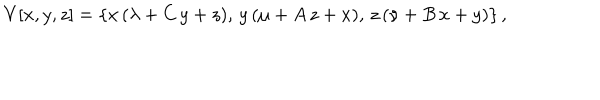
V [ x , y , z ] = \{ x \, ( \lambda + C \, y + z ) , \, y \, ( \mu + A \, z + x ) , \, z \, ( \nu + B \, x + y ) \} \, ,